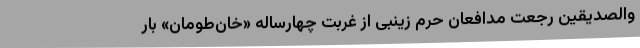
والصدیقین رجعت مدافعان حرم زینبی از غربت چهارساله «خان‌طومان» بار